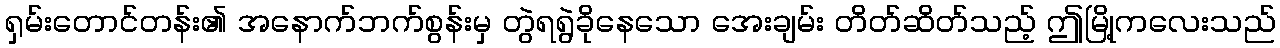
ရှမ်းတောင်တန်း၏ အနောက်ဘက်စွန်းမှ တွဲရရွဲခိုနေသော အေးချမ်း တိတ်ဆိတ်သည့် ဤမြို့ကလေးသည်